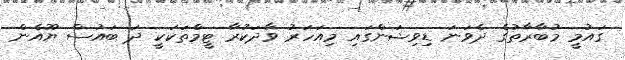
ގައުމީ މުބާރާތުގެ ދެވަނަ ޑިވިޝަންގައި މިއަހަރު ވާދަކުރާ ޓީމްތަކަކީ ދަ ބައުސް ޔޫއެން